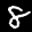
Label: 8